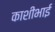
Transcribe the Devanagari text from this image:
काशीभाई